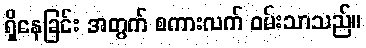
ရှိနေခြင်း အတွက် စကားလက် ဝမ်းသာသည်။